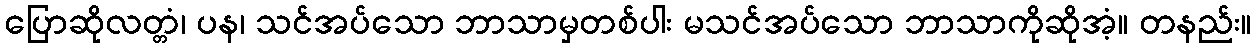
ပြောဆိုလတ္တံ၊ ပန၊ သင်အပ်သော ဘာသာမှတစ်ပါး မသင်အပ်သော ဘာသာကိုဆိုအံ့။ တနည်း။